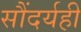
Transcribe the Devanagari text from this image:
सौंदर्यही